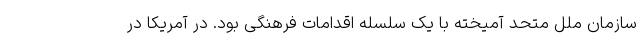
سازمان ملل متحد آمیخته با یک سلسله اقدامات فرهنگی بود. در آمریکا در